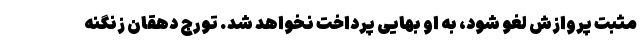
مثبت پروازش لغو شود، به او بهایی پرداخت نخواهد شد. تورج دهقان زنگنه